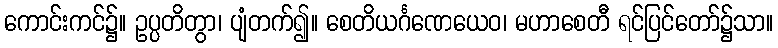
ကောင်းကင်၌။ ဥပ္ပတိတွာ၊ ပျံတက်၍။ စေတိယင်္ဂဏေယေဝ၊ မဟာစေတီ ရင်ပြင်တော်၌သာ။